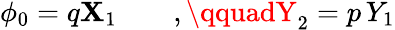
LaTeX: \phi_{0}=q\mathbf{X}_{1}\qquad,\qquadY_{2}=p\, Y_{1}